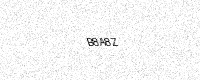
Text: B8A8Z